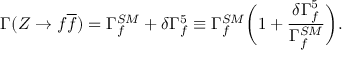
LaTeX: \Gamma ( Z \rightarrow f \overline { { { f } } } ) = \Gamma _ { f } ^ { S M } + \delta \Gamma _ { f } ^ { 5 } \equiv \Gamma _ { f } ^ { S M } \biggl ( 1 + { \frac { \delta \Gamma _ { f } ^ { 5 } } { \Gamma _ { f } ^ { S M } } } \biggr ) .